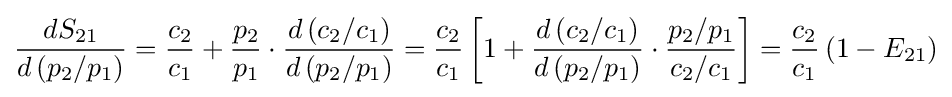
{\frac {dS_{21}}{d\left(p_{2}/p_{1}\right)}}={\frac {c_{2}}{c_{1}}}+{\frac {p_{2}}{p_{1}}}\cdot {\frac {d\left(c_{2}/c_{1}\right)}{d\left(p_{2}/p_{1}\right)}}={\frac {c_{2}}{c_{1}}}\left[1+{\frac {d\left(c_{2}/c_{1}\right)}{d\left(p_{2}/p_{1}\right)}}\cdot {\frac {p_{2}/p_{1}}{c_{2}/c_{1}}}\right]={\frac {c_{2}}{c_{1}}}\left(1-E_{21}\right)